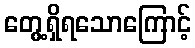
တွေ့ရှိရသောကြောင့်